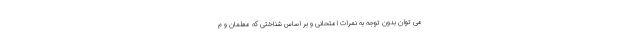
می توان بدون توجه به نمرات امتحانی و بر اساس شناختی که معلمان و م